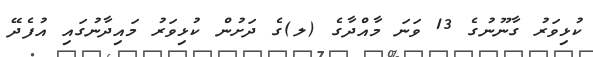
ކުޅިވަރު ގާނޫނުގެ 13 ވަނަ މާއްދާގެ (ލ)ގެ ދަށުން ކުޅިވަރު މައިދާނުގައި އުފެދޭ